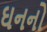
ઘનનો